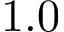
1 . 0